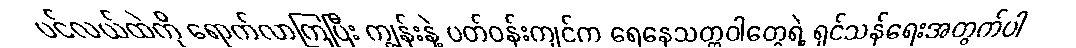
ပင်လယ်ထဲကို ရောက်လာကြပြီး ကျွန်းနဲ့ ပတ်ဝန်းကျင်က ရေနေသတ္တဝါတွေရဲ့ ရှင်သန်ရေးအတွက်ပါ